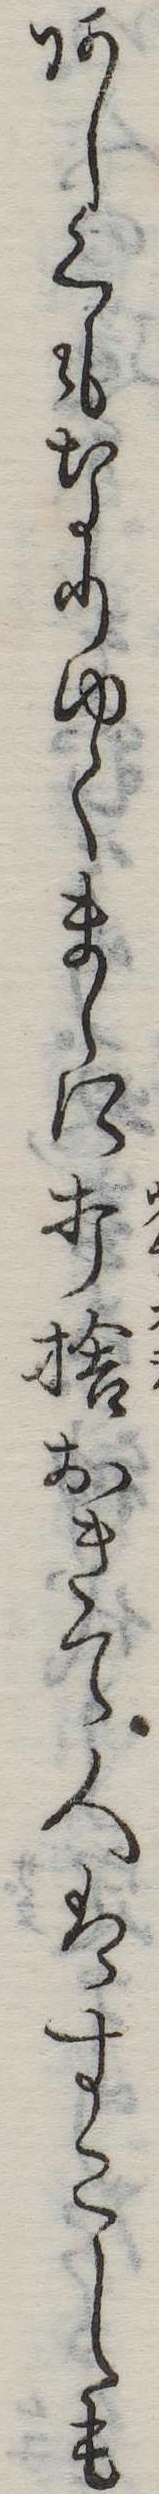
あしくもなりゆくまゝに打捨おきて人はすこしも